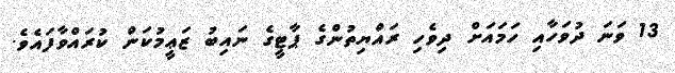
13 ވަނަ ދުވަހާއި ހަމައަށް ދިވެހި ރައްޔިތުންގެ ޕާޓީގެ ނައިބު ޒަޢީމުކަން ކުރައްވާފައެވެ.